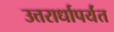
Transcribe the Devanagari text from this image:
उत्तरार्धापर्यंत